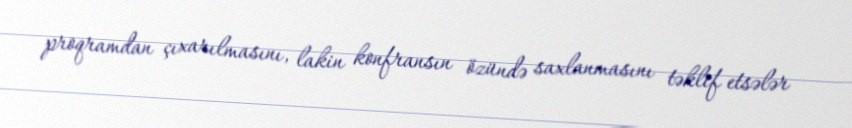
proqramdan çıxarılmasını, lakin konfransın özündə saxlanmasını təklif etsələr